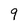
Character: 9